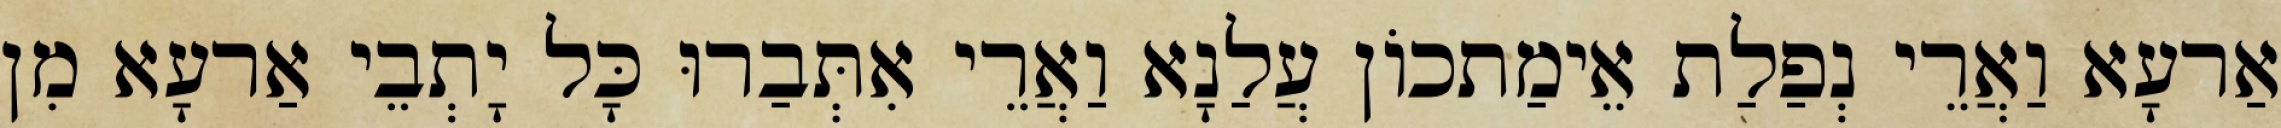
אַרעָא וַאֲרֵי נְפַלַת אֵימַתכוֹן עֲלַנָא וַאֲרֵי אִתְּבַרוּ כָּל יָתְבֵי אַרעָא מִן